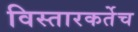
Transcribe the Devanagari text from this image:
विस्तारकर्तेच